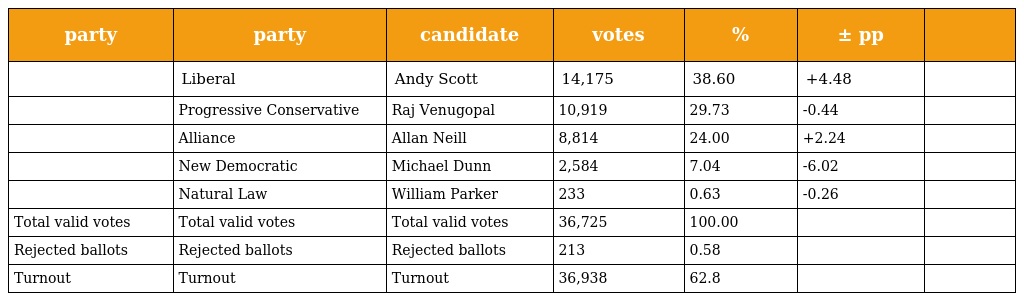
| party | party | candidate | votes | % | ± pp |  |
 | --- | --- | --- | --- | --- | --- | --- |
 |  | Liberal | Andy Scott | 14,175 | 38.60 | +4.48 |  |
 |  | Progressive Conservative | Raj Venugopal | 10,919 | 29.73 | -0.44 |  |
 |  | Alliance | Allan Neill | 8,814 | 24.00 | +2.24 |  |
 |  | New Democratic | Michael Dunn | 2,584 | 7.04 | -6.02 |  |
 |  | Natural Law | William Parker | 233 | 0.63 | -0.26 |  |
 | Total valid votes | Total valid votes | Total valid votes | 36,725 | 100.00 |  |  |
 | Rejected ballots | Rejected ballots | Rejected ballots | 213 | 0.58 |  |  |
 | Turnout | Turnout | Turnout | 36,938 | 62.8 |  |  |